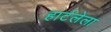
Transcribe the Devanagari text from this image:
हार्टलेला